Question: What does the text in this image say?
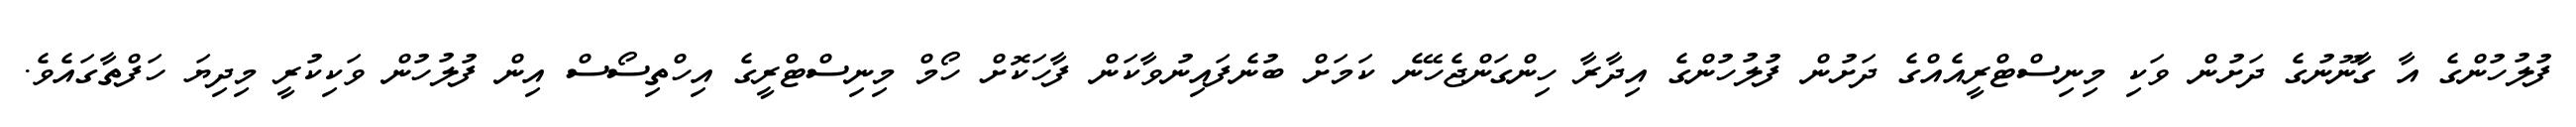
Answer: ފުލުހުންގެ އާ ގާނޫނުގެ ދަށުން ވަކި މިނިސްޓްރީއެއްގެ ދަށުން ފުލުހުންގެ އިދާރާ ހިންގަންޖެހޭނެ ކަމަށް ބުނެފައިނުވާކަން ފާހަކޮށް ހޯމް މިނިސްޓްރީގެ އިހްތިސޯސް އިން ފުލުހުން ވަކިކުރީ މިދިޔަ ހަފްތާގައެވެ.